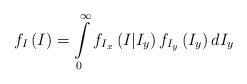
\begin{align*}{{f}_{I}}\left( I \right)=\int\limits_{0}^{\infty }{{{f}_{{{I}_{x}}}}\left( I|{{I}_{y}} \right){{f}_{{{I}_{y}}}}\left( {{I}_{y}} \right)d{{I}_{y}}}\end{align*}